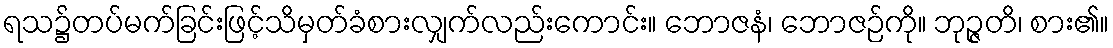
ရသ၌တပ်မက်ခြင်းဖြင့်သိမှတ်ခံစားလျှက်လည်းကောင်း။ ဘောဇနံ၊ ဘောဇဉ်ကို။ ဘုဉ္ဇတိ၊ စား၏။